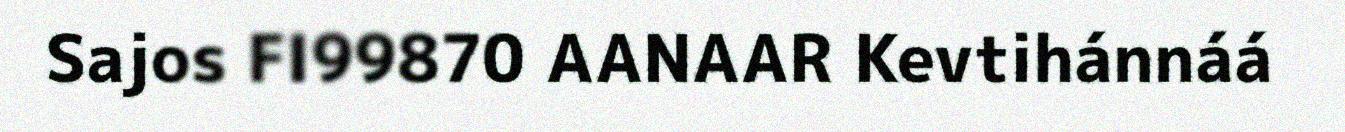
Sajos FI99870 AANAAR Kevtihánnáá